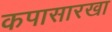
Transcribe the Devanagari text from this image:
कपासारखा